Annual report on the lock hospitals of the Madras Presidency
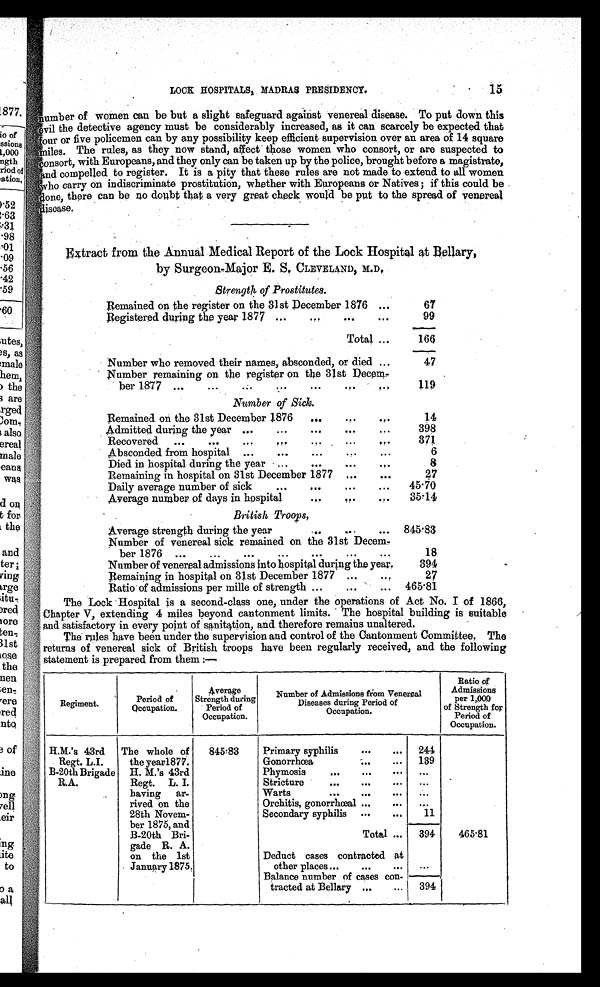
LOCK HOSPITALS, MADRAS PRESIDENCY.
15
number of women can be but a slight safeguard against venereal disease. To put down this
evil the detective agency must be considerably increased, as it can scarcely be expected that
four or five policemen can by any possibility keep efficient supervision over an area of 14 square
miles. The rules, as they now stand, affect those women who consort, or are suspected to
consort, with Europeans, and they only can be taken up by the police, brought before a magistrate,
and compelled to register. It is a pity that these rules are not made to extend to all women
who carry on indiscriminate prostitution, whether with Europeans or Natives; if this could be
done, there can be no doubt that a very great check would be put to the spread of venereal
disease.
Extract from the Annual Medical Report of the Lock Hospital at Bellary,
by Surgeon-Major E.S. CLEVELAND, M.D.
Strength, of Prostitutes.
Remained on the register on the 31st December 1876 ...
67
Registered during the year 1877 ...
...
...
...
99
Total ...
166
Number who removed their names, absconded, or died ...
47
Number remaining on the register on the 31st Dece
m-ber 1877 ...
...
...
...
...
...
. . .
119
Number of Sick.
Remained on the 31st December 1876
...
. . .
. . .
14
Admitted during the year ...
...
...
. . .
. . .
398
Recovered ...
...
.. .
...
. . . . ...
. . .
371
Absconded from hospital ...
...
...
. . .
. . .
6
Died in hospital during the year ...
...
. . .
. . .
8
Remaining in hospital on 31st December 1877 ...
. . .
27
Daily average number of sick...
...
...
45.70
Average number of days in hospital
...
. . .
. . .
35.14
British Troops.
Average strength during the year
...
...
... 8 4 5 . 8 3
Number of venereal sick remained on the 31st Decem-
ber 1876 ...
...
...
...
...
...
...
18
Number of venereal admissions into hospital during the year.
394
Remaining in hospital on 31st December 1877 ...
. . .
27
Ratio of admissions per mille of strength ... ... ...
465.81
The Lock Hospital is a second-class one, under the operations of Act No. I of 1866,
Chapter V, extending 4 miles beyond cantonment limits. The hospital building is suitable
and satisfactory in every point of sanitation, and therefore remains unaltered.
The rules have been under the supervision and control of the Cantonment Committee. The
returns of venereal sick of British troops have been regularly received, and the following
statement is prepared from them:—
Regiment.
Period of
Occupation.
Average
Strength during
Period of
Occupation.
Number of Admissions From Venereal
Diseases during Period of
Occupation.
Ratio of
Admissions
per 1,
000 of St rengt h for
Period of
Occupation.
H.M.'s 43rd
Regt. L.I.
The whole of
the year1877.
H. M.'s 43rd
Regt. L. I.
having ar-
rived on the
28th Novem-
ber 1875, and
B-20th Bri-
gade R. A.
on the 1st
January 1875.
845.83
Primary syphilis
...
... 244
Gonorrhœa
-....
... 139
Phymosis
...
...
...
B-20th Brigade
R.A.
. . .
Stricture
...
...
... ...
Warts
...
...
...
. . .
Orchitis, gonorrhœal ...
...
. . .
Secondary syphilis ...
...
11
Total ... 394
465.81
Deduct cases contracted at
other places...
...
... ...
.
Balance number of cases con-
tracted at Bellary ...
... 394